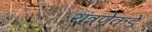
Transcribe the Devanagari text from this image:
यंत्रणेकडे